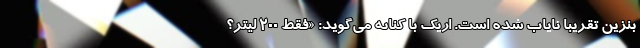
بنزین تقریبا نایاب شده است. اریک با کنایه می‌گوید: «فقط ۲۰۰ لیتر؟